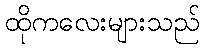
ထိုကလေးများသည်